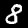
Label: 8